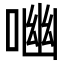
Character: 㗀